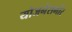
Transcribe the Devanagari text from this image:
योजनेसमोर